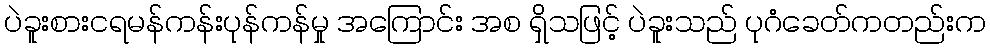
ပဲခူးစားငရမန်ကန်းပုန်ကန်မှု အကြောင်း အစ ရှိသဖြင့် ပဲခူးသည် ပုဂံခေတ်ကတည်းက